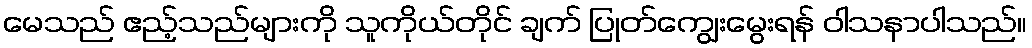
မေသည် ဧည့်သည်များကို သူကိုယ်တိုင် ချက် ပြုတ်ကျွေးမွေးရန် ဝါသနာပါသည်။